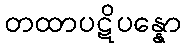
တထာပဋိပန္နော